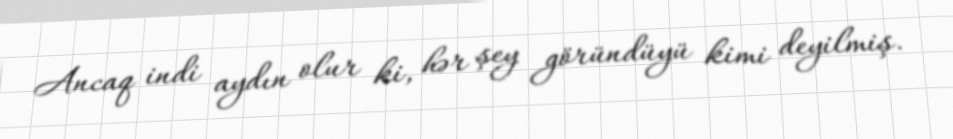
Ancaq indi aydın olur ki, hər şey göründüyü kimi deyilmiş.